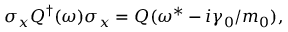
\sigma _ { x } { Q } ^ { \dagger } ( { \omega } ) \sigma _ { x } = { Q } ( { \omega } ^ { * } - i \gamma _ { 0 } / m _ { 0 } ) ,